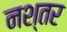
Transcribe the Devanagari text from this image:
नश्तर